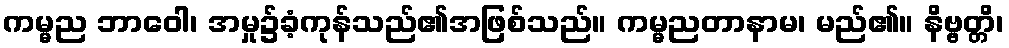
ကမ္မည ဘာဝေါ၊ အမှု၌ခံ့ကုန်သည်၏အဖြစ်သည်။ ကမ္မညတာနာမ၊ မည်၏။ နိဗ္ဗတ္တိ၊